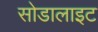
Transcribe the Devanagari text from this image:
सोडालाइट